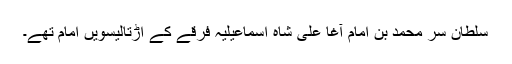
سلطان سر محمد بن امام آغا علی شاہ اسماعیلیہ فرقے کے اڑتالیسویں امام تھے۔